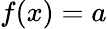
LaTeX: \textstyle f(x)=a